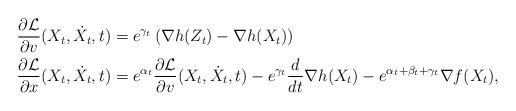
LaTeX: \begin{align*}\frac{\partial\mathcal{L}}{\partial v} (X_t, \dot X_t, t)&= e^{ \gamma_t} \left(\nabla h(Z_t) - \nabla h(X_t)\right) \\\frac{\partial\mathcal{L}}{\partial x}(X_t, \dot X_t, t) &= e^{\alpha_t} \frac{\partial\mathcal{L}}{\partial v} (X_t, \dot X_t, t) - e^{\gamma_t}\frac{d}{dt}\nabla h(X_t) - e^{\alpha_t + \beta_t + \gamma_t} \nabla f(X_t),\end{align*}